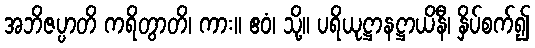
အဘိဇပ္ပာတိ ကရိတွာတိ၊ ကား။ ဧဝံ၊ သို့။ ပရိယုဋ္ဌာနဋ္ဌာယိနီ၊ နှိပ်စက်၍